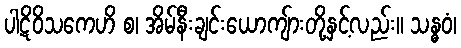
ပါဋိဝိသကေဟိ စ၊ အိမ်နီးချင်းယောကျ်ားတို့နှင့်လည်း။ သန္ဓဝံ၊